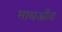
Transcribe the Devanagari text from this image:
माधऑव